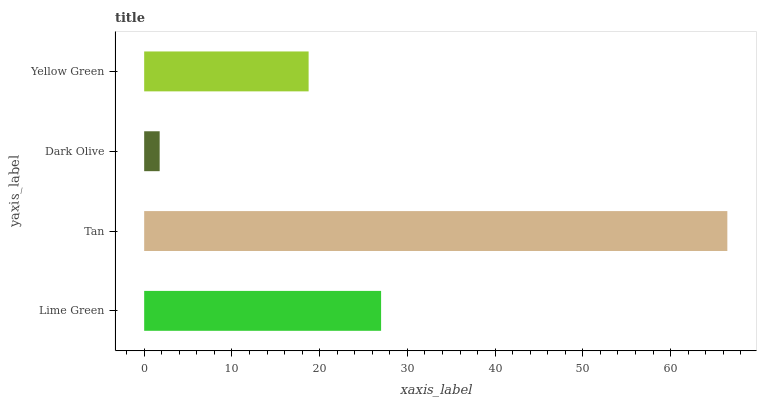
| yaxis_label | bars |
 | --- | --- |
 | Lime Green | 27 |
 | Tan | 66.5 |
 | Dark Olive | 1.77 |
 | Yellow Green | 18.7 |